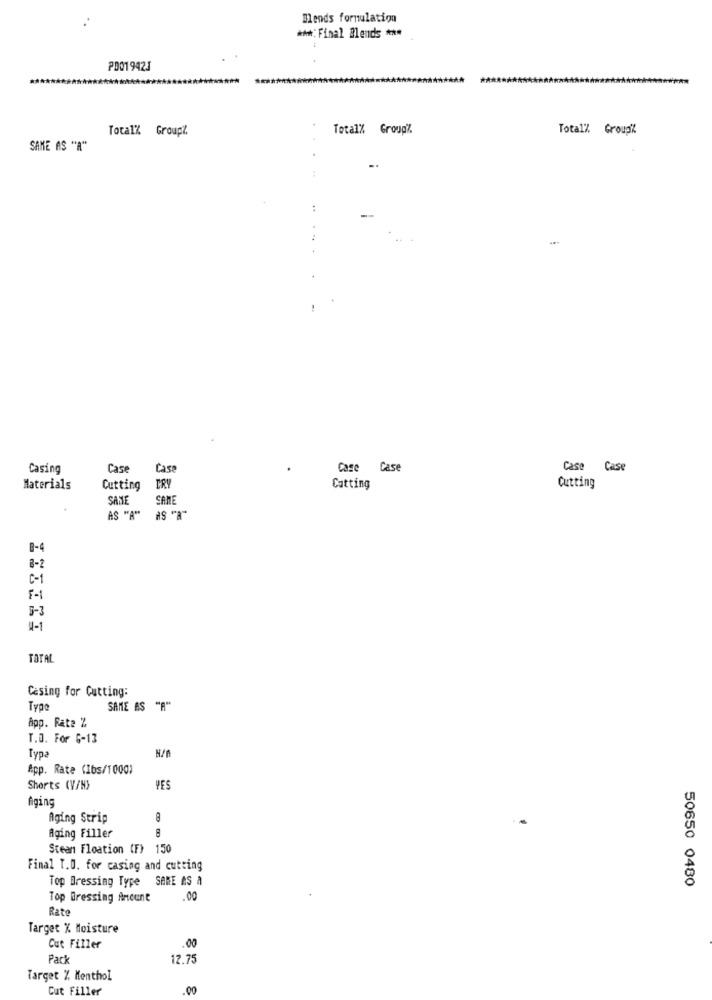
Mends formulation
***: Final Blends ***
PD01942J
Total% GroupZ.
Total% Group".
Total% Group'%
SAME AS "A"
..
Casing
Case
Case
Case Case
Case Case
Materials
Cutting
TRY
Catting
Cutting
SASE
SAME
AS "A" AS "A"
8-4
8-2
C-1
F-1
3-3
4-1
TOTAL
Casing for Cutting:
Type
SAME AS "A"
App. Rate Z
T.O. For G-13
Typa
App. Rate (Ibs/1000)
Shorts (V/N}
YES
Aging
Aging Strip
Aging Filler
Stean Floation (F) 150
Final T.D. for casing and cutting
Top Dressing Type SARE AS A
50650 0480
Top Dressing Ancunt
.00
Rate
Target % Moisture
00
Cut Filler
Pac
12.75
Target % Menthol
Cut Filler
00